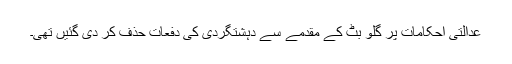
عدالتی احکامات پر گلو بٹ کے مقدمے سے دہشتگردی کی دفعات حذف کر دی گئیں تھی۔